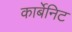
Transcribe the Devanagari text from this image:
कार्बेनिट